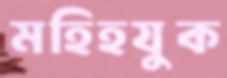
মহিহযুক